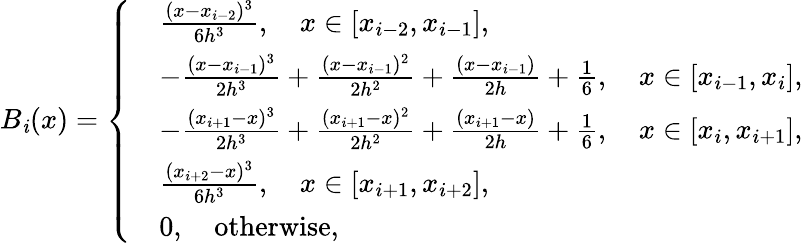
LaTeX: B_{\mathit{i}}(x)=\left\{ \begin{array}{rl}&{\frac{(x-x_{i-2})^{3}}{6h^{3}},\quad x\in[x_{i-2},x_{i-1}],}\\ &{-\frac{(x-x_{i-1})^{3}}{2h^{3}}+\frac{(x-x_{i-1})^{2}}{2h^{2}}+\frac{(x-x_{i-1})}{2h}+\frac{1}{6},\quad x\in[x_{i-1},x_{i}],}\\ &{-\frac{(x_{i+1}-x)^{3}}{2h^{3}}+\frac{(x_{i+1}-x)^{2}}{2h^{2}}+\frac{(x_{i+1}-x)}{2h}+\frac{1}{6},\quad x\in[x_{i},x_{i+1}],}\\ &{\frac{(x_{i+2}-x)^{3}}{6h^{3}},\quad x\in[x_{i+1},x_{i+2}],}\\ &{0,\quad\textup{otherwise},}\end{array}\right.